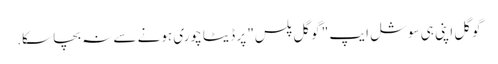
گوگل اپنی ہی سوشل ایپ " گوگل پلس" پر ڈیٹا چوری ہونے سے نہ بچا سکا.